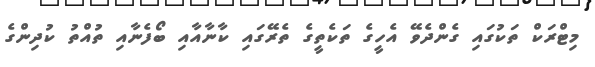
މިޓްރަކް ތަކުގައި ގެންދެވޭ އެހީގެ ތަކެތީގެ ތެރޭގައި ކާނާއާއި ބޯފެނާއި ތުއްތު ކުދިންގެ